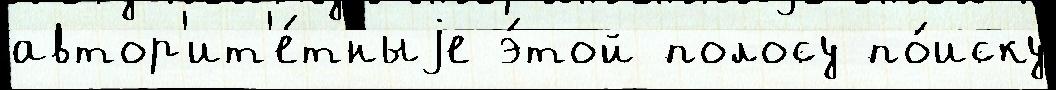
автор'ит'е́тныjе э́той полосу по́иску